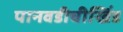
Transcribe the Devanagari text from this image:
पानवडीचीखिंड